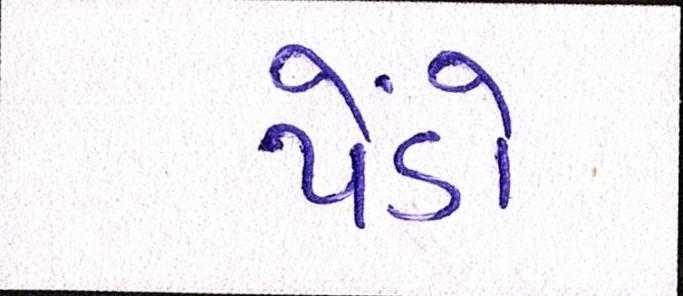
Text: પેંડો